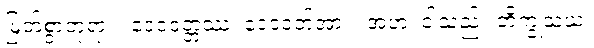
မြတ်စွာဘုရား။ ဒေဝဒတ္တဿ၊ ဒေဝဒတ်အား။ အဟံ၊ ငါသည်။ ဘိက္ခုသံဃံ၊